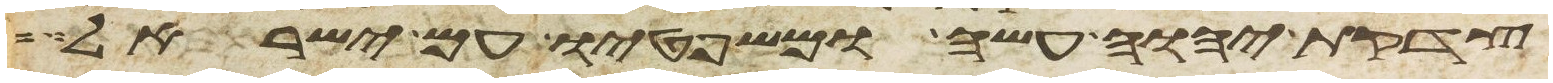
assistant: צדקת יהוה עשה ומשפטיו עם ישראל